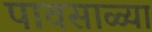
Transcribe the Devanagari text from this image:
पावसाळ्या